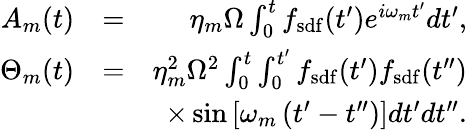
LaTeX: \begin{array}{rlr}{A_{m}(t)}&{=}&{\eta_{m}\Omega\int_{0}^{t}f_{\mathrm{sdf}}(t^{\prime})e^{i\omega_{m}t^{\prime}}dt^{\prime},}\\ {\Theta_{m}(t)}&{=}&{\eta_{m}^{2}\Omega^{2}\int_{0}^{t}\int_{0}^{t^{\prime}}f_{\mathrm{sdf}}(t^{\prime})f_{\mathrm{sdf}}(t^{\prime\prime})}\\ &{}&{\times\sin\left[\omega_{m}\left(t^{\prime}-t^{\prime\prime}\right)\right]dt^{\prime}dt^{\prime\prime}.}\end{array}